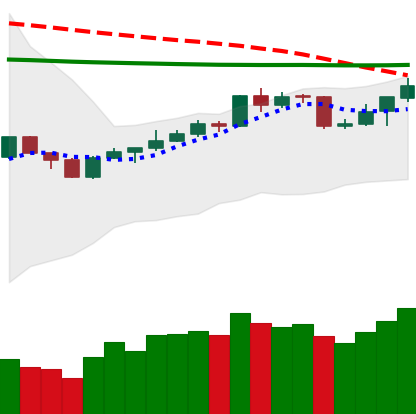
Ticker: BNB-USD
Chart end date: 2020-04-14
Forward return: 3.96%
Label: up_3_5